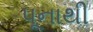
પૂનાથી